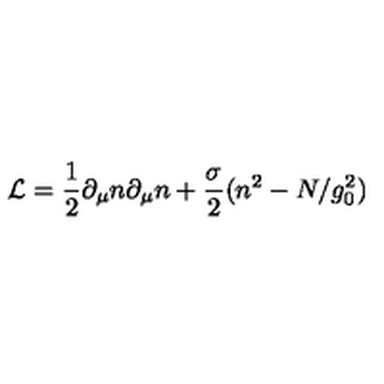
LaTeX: { \cal L } = \frac { 1 } { 2 } \partial _ { \mu } n \partial _ { \mu } n + \frac { \sigma } { 2 } ( n ^ { 2 } - N / g _ { 0 } ^ { 2 } )